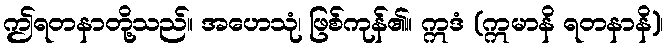
ဤရတနာတို့သည်။ အဟေသုံ၊ ဖြစ်ကုန်၏။ ဣဒံ (ဣမာနိ ရတနာနိ)၊